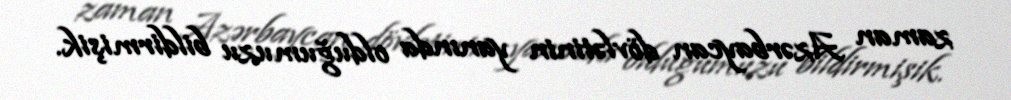
zaman Azərbaycan dövlətinin yanında olduğumuzu bildirmişik.